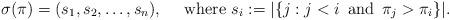
LaTeX: \begin{align*}\sigma(\pi)=(s_1,s_2,\ldots,s_n), \quad\mbox{ where } s_i:=|\{j:j<i \,\mbox{ and }\, \pi_j>\pi_i\}|.\end{align*}